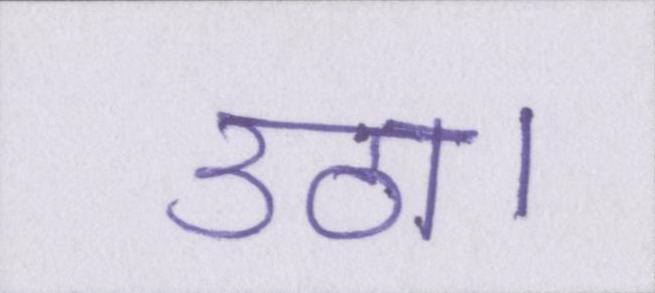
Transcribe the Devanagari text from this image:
उठा।